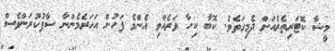
މީޝާ ކޮޓަރިތެރެއަށް ދެމިގަތެވެ. ކޮބާ ކިހާ ވަރެއްވި އެންމެ ފަހުން އަހަރެމެންނާ ސާފުކުރަންވެސް